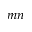
m n